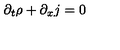
\partial _ { t } \rho + \partial _ { x } j = 0